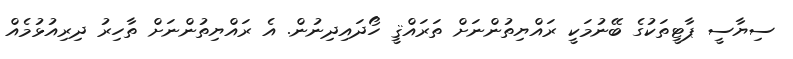
ސިޔާސީ ޕާޓީތަކުގެ ބޭނުމަކީ ރައްޔިތުންނަށް ތަރައްޤީ ހޯދައިދިނުން. އެ ރައްޔިތުންނަށް ތާހިރު ދިރިއުޅުމެއް